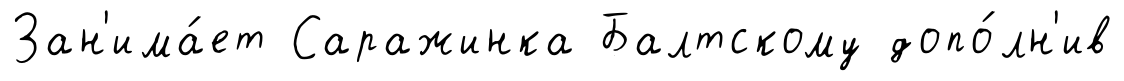
Зан'има́ет Саражинка Балтскому допо́лн'ив